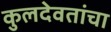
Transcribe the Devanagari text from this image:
कुलदेवतांचा